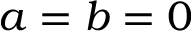
a = b = 0